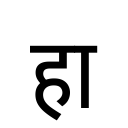
OCR:
हा